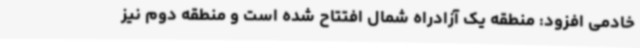
خادمی افزود: منطقه یک آزادراه شمال افتتاح شده است و منطقه دوم نیز